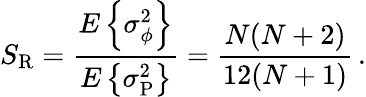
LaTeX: S_{\mathrm R}={\frac{E\left\{ \sigma_{\phi}^{2}\right\} }{E\left\{ \sigma_{\mathrm P}^{2}\right\} }}={\frac{N(N+2)}{12(N+1)}}\, .